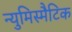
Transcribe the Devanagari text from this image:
न्युमिस्मैटिक